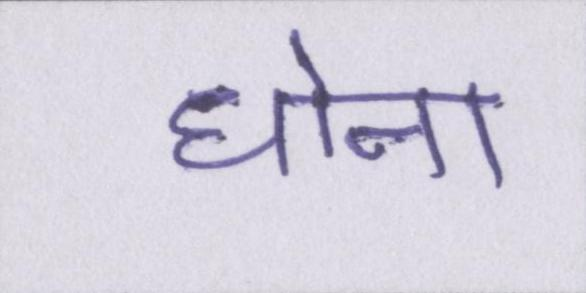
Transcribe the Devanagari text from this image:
धोना